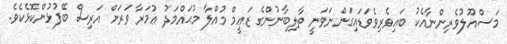
މަސްއޫލުވެރިންނާއެކު ބައިވެރިވެވަޑައިގަންނަވަނީ ތާލިބާނުންގެ ޒަޢީމް މުއްލާ މުޙައްމަދު ޢުމަރާ ވަރަށް އަރިސް ބޭފުޅުންކޮޅެކެވެ.